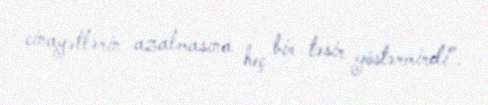
cinayətlərin azalmasına heç bir təsir göstərmirdi”.